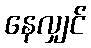
နေလျှင်